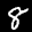
Label: 8